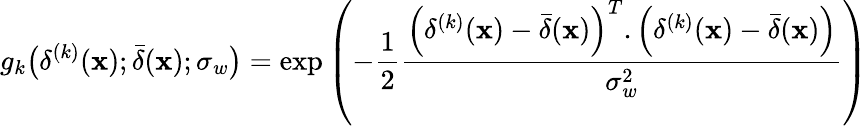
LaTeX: g_{k}\bigl(\delta^{(k)}(\mathbf{x});\bar{\delta}(\mathbf{x});\sigma_{w}\bigr)=\exp\left(-\frac{1}{2}\frac{\Bigl(\delta^{(k)}(\mathbf{x})-\bar{\delta}(\mathbf{x})\Bigr)^{T}.\Bigl(\delta^{(k)}(\mathbf{x})-\bar{\delta}(\mathbf{x})\Bigr)}{\sigma_{w}^{2}}\right)